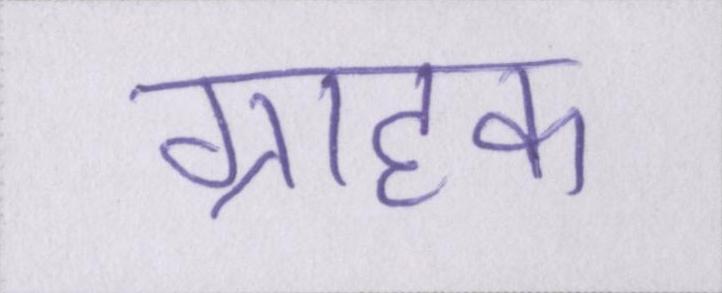
ग्राहक